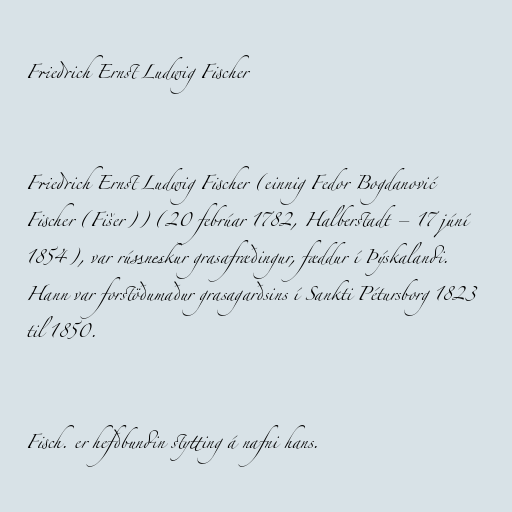
Friedrich Ernst Ludwig Fischer

Friedrich Ernst Ludwig Fischer (einnig Fedor Bogdanović
Fischer (Fišer)) (20 febrúar 1782, Halberstadt – 17 júní
1854), var rússneskur grasafræðingur, fæddur í Þýskalandi.
Hann var forstöðumaður grasagarðsins í Sankti Pétursborg 1823
til 1850.

Fisch. er hefðbundin stytting á nafni hans.